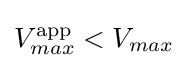
V_{max}^{\text{app}}<V_{max}